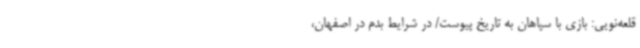
قلعه‌نویی: بازی با سپاهان به تاریخ پیوست/ در شرایط بدم در اصفهان،